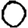
Digit: 0